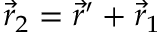
{ \vec { r } _ { 2 } = \vec { r } ^ { \prime } + \vec { r } _ { 1 } }